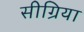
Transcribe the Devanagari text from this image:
सीग्रिया